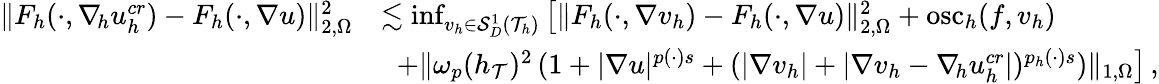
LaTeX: \begin{array}{r}{\begin{array}{rl}{\| F_{h}(\cdot,\nabla_{\! h}u_{h}^{\textit{cr}})-F_{h}(\cdot,\nabla u)\| _{2,\Omega}^{2}}&{\lesssim\operatorname*{inf}_{v_{h}\in\mathcal{S}_{D}^{1}(\mathcal{T}_{h})}{\big[\| F_{h}(\cdot,\nabla v_{h})-F_{h}(\cdot,\nabla u)\| _{2,\Omega}^{2}+\mathrm{osc}_{h}(f,v_{h})}}\\ &{\; \; +\| \omega_{p}(h_{\mathcal{T}})^{2}\, (1+\vert\nabla u\vert^{p(\cdot)s}+(\vert\nabla v_{h}\vert+\vert\nabla v_{h}-\nabla_{\! h}u_{h}^{\textit{cr}}\vert)^{p_{h}(\cdot)s})\| _{1,\Omega}\big]\, ,}\end{array}}\end{array}